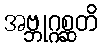
အဗ္ဘုဂ္ဂစ္ဆတိ